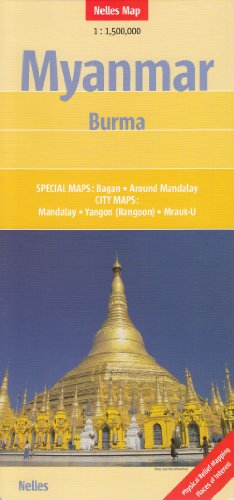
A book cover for Myanmar Map (Nelles Maps) 1:1.5M 2011**** (English, French, Italian and German Edition); Nelles Verlag; Travel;